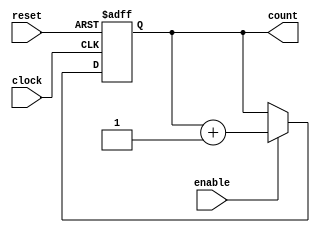
module johnson_counter_with_enable(clock, enable, reset, count);
    input clock, enable, reset;
    output reg [3:0] count;

    always @(posedge clock or posedge reset) begin
        if (reset) begin
            count <= 4'b0000;
        end else begin
            if (enable) begin
                count <= count + 1;
            end
        end
    end

endmodule